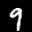
Label: 9